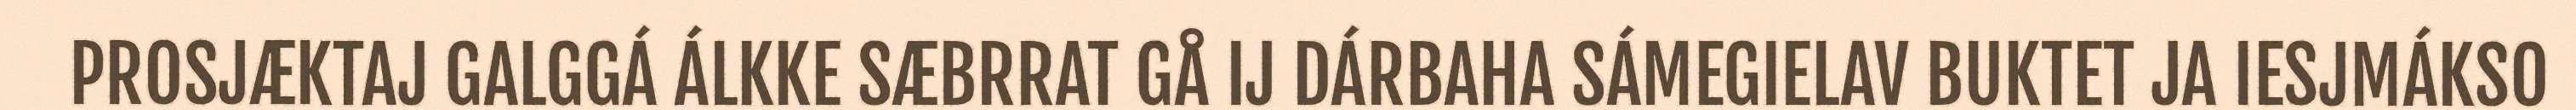
PROSJÆKTAJ GALGGÁ ÁLKKE SÆBRRAT GÅ IJ DÁRBAHA SÁMEGIELAV BUKTET JA IESJMÁKSO